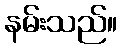
နမ်းသည်။